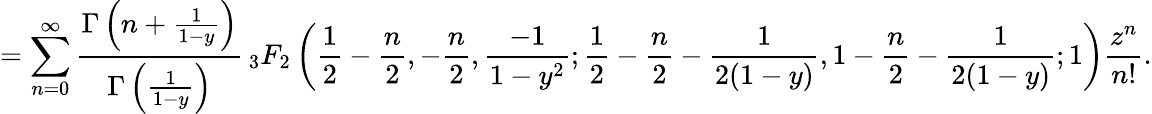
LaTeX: =\sum_{n=0}^{\infty}\frac{\Gamma\left(n+\frac{1}{1-y}\right)}{\Gamma\left(\frac{1}{1-y}\right)}\, _{3}F_{2}\left(\frac{1}{2}-\frac{n}{2},-\frac{n}{2},\frac{-1}{1-y^{2}};\frac{1}{2}-\frac{n}{2}-\frac{1}{2(1-y)},1-\frac{n}{2}-\frac{1}{2(1-y)};1\right)\frac{z^{n}}{n!}.